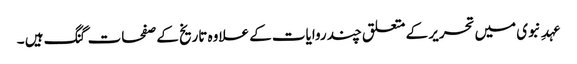
عہدِ نبوی میں تحریر کے متعلق چند روایات کے علاوہ تاریخ کے صفحات گنگ ہیں ۔